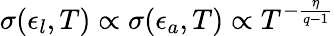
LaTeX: \sigma(\epsilon_{l},T)\propto\sigma(\epsilon_{a},T)\propto T^{-\frac{\eta}{q-1}}